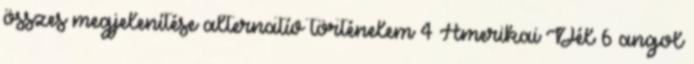
összes megjelenítése alternatív történelem 4 Amerikai Dél 6 angol